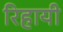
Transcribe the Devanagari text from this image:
रिहायी